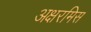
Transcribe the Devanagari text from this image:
अक्षरमिस